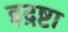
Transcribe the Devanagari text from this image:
इद्रष्टा